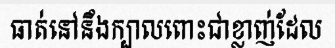
ធាត់នៅនឹងក្បាលពោះជាខ្លាញ់ដែល